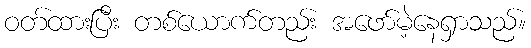
ဝတ်ထားပြီး တစ်ယောက်တည်း အဖော်မဲ့နေရှာသည်။